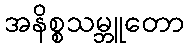
အနိစ္စသမ္ဘူတော